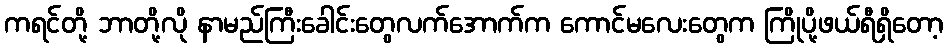
ကရင်တို့ ဘာတို့လို နာမည်ကြီးခေါင်းတွေလက်အောက်က ကောင်မလေးတွေက ကြိုပို့ဖယ်ရီရှိတော့